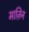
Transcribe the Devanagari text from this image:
माज़िन